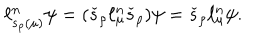
\ell _ { s _ { \rho } ( \mu ) } ^ { n } \psi = ( \check { s } _ { \rho } \ell _ { \mu } ^ { n } \check { s } _ { \rho } ) \psi = \check { s } _ { \rho } \ell _ { \mu } ^ { n } \psi .